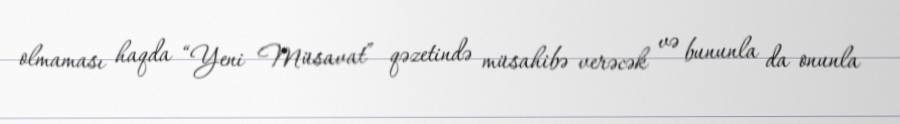
olmaması haqda “Yeni Müsavat” qəzetində müsahibə verəcək və bununla da onunla